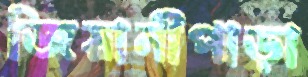
জিয়ানীপাড়া